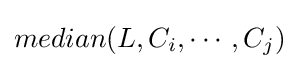
{median}(L,C_{i},\cdots ,C_{j})